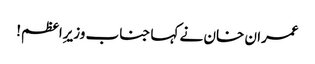
عمران خان نے کہا جناب وزیرِاعظم!